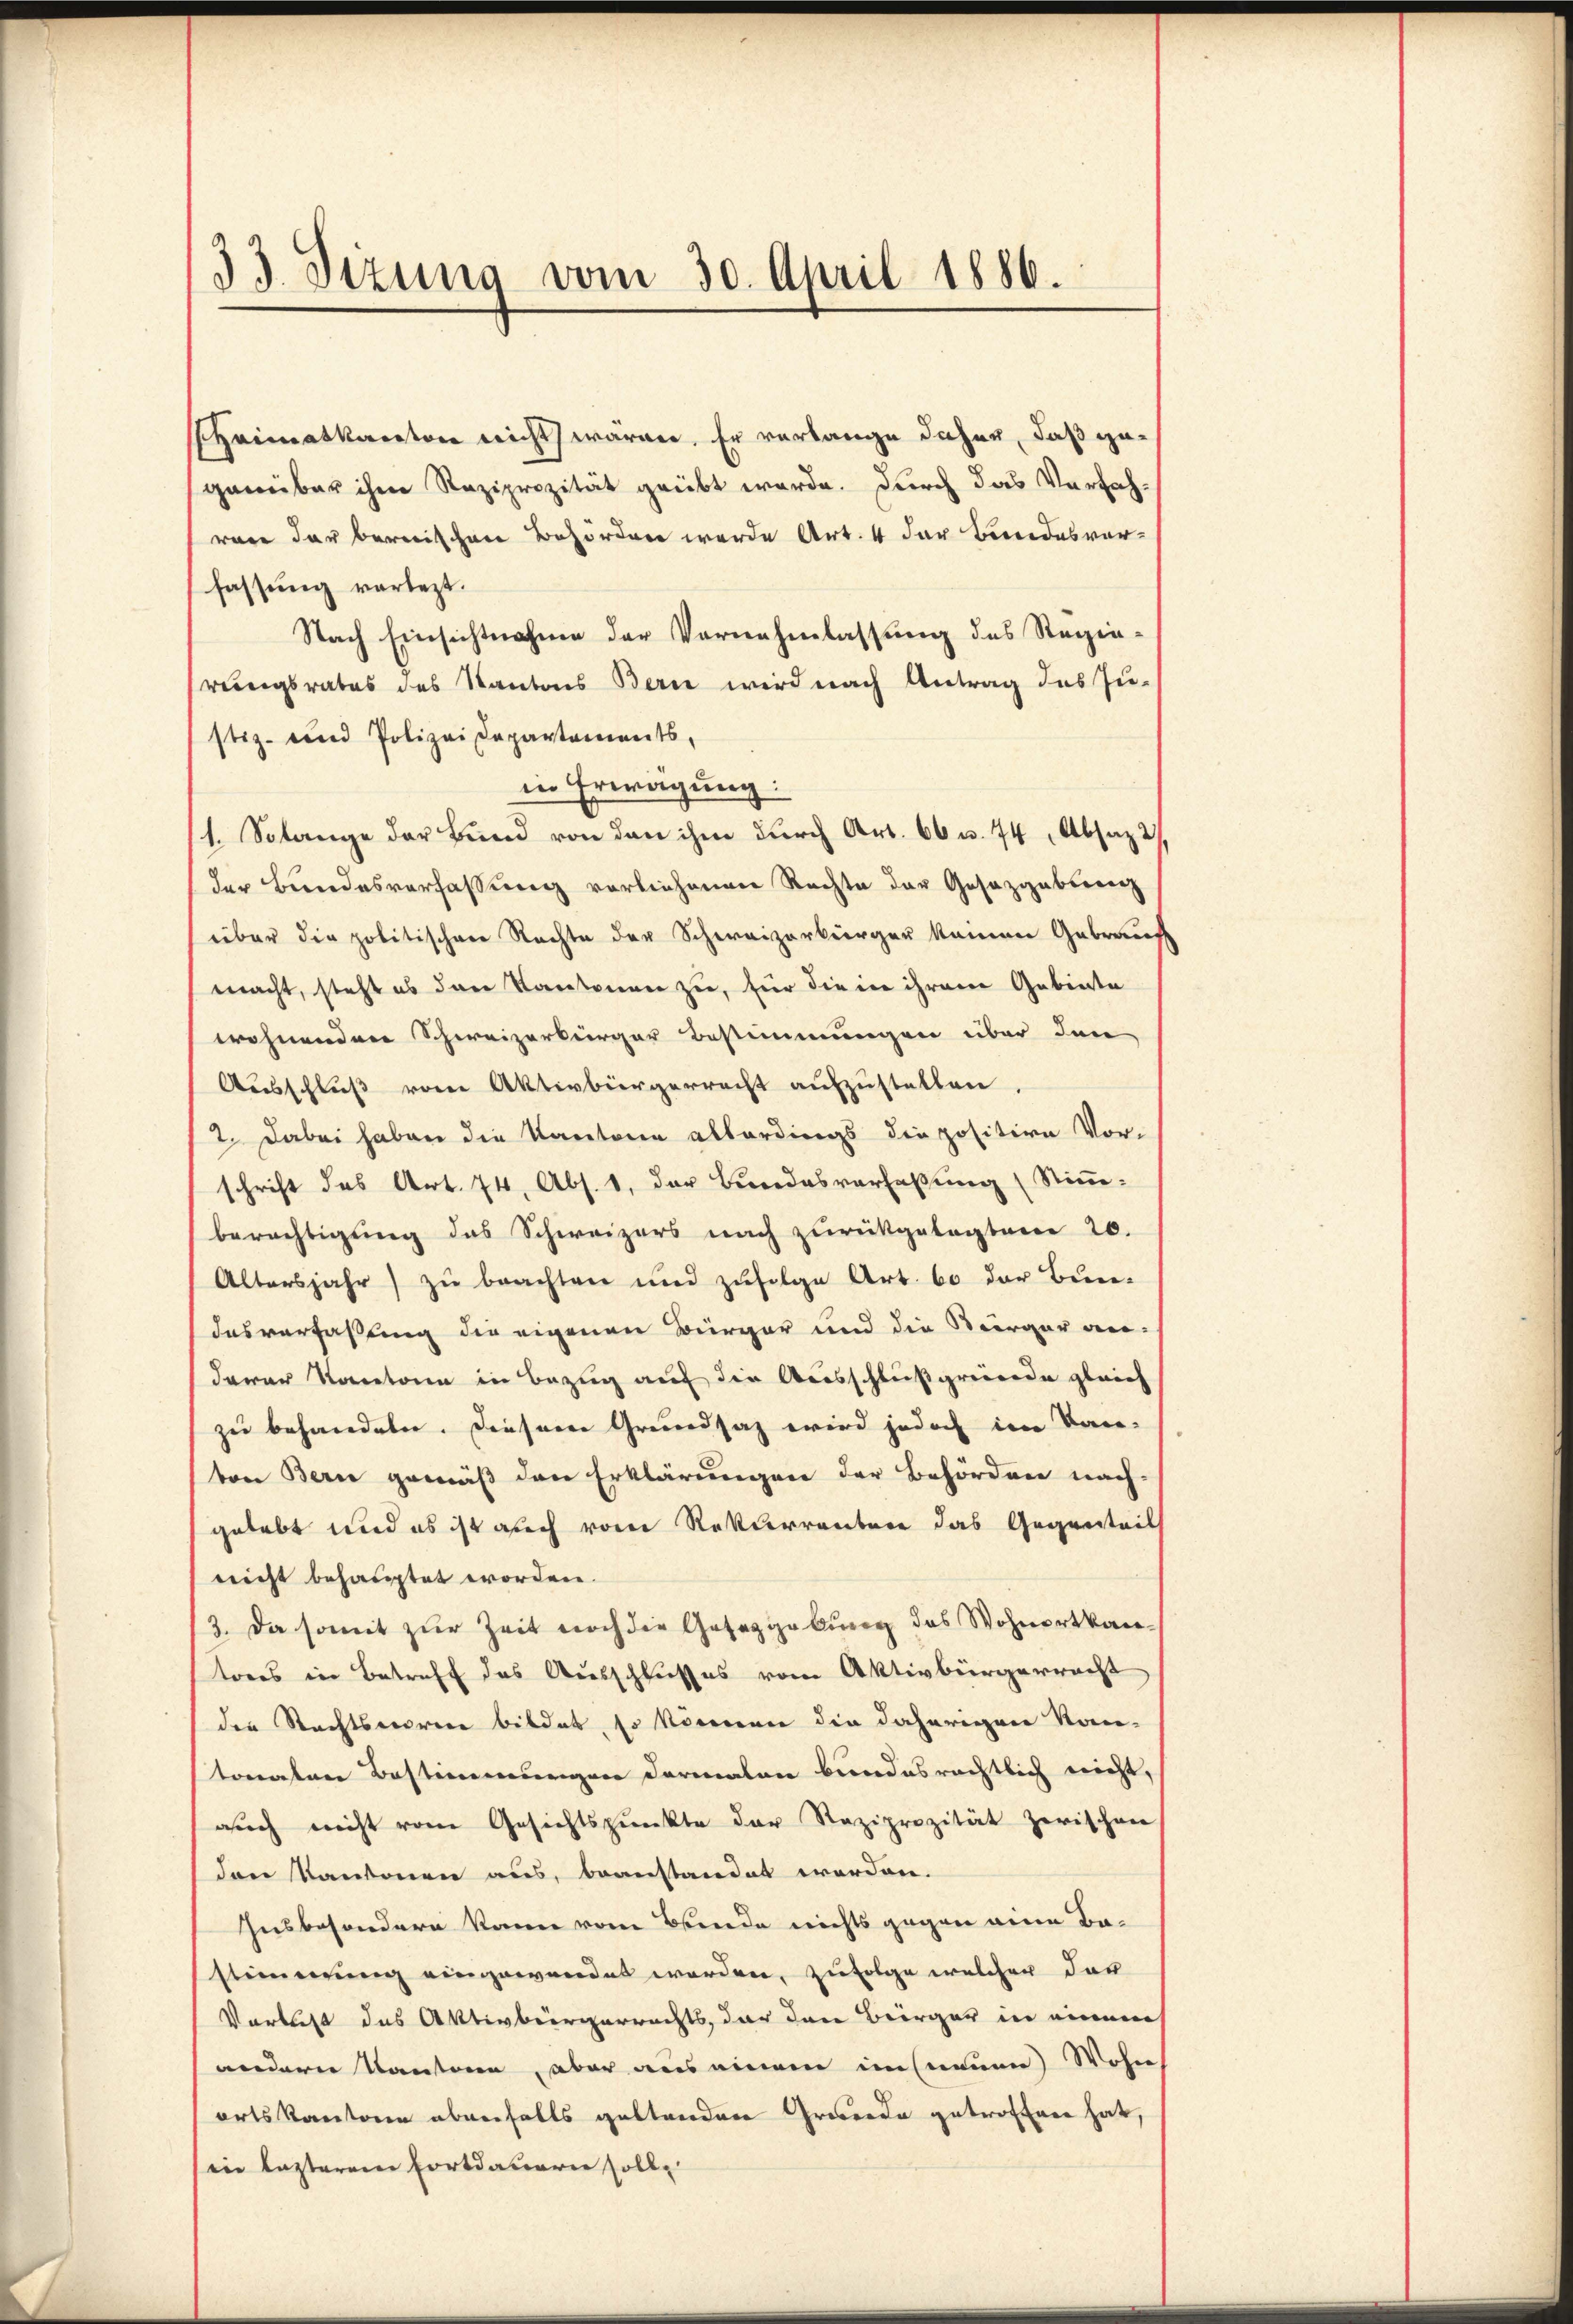
33. Sizung vom 30. April 1886.

Heimatkanton nicht wären. Er verlange daher, daß gegenüber ihm Reziprozität geübt werde. Durch das Verfah-
wäre der bereischen Behörden werde Art. 4 der Bundesvorfassung vorlegt.
Nach Einsichtnahme der Vornahmlassung des Regiereiungsrates des Kantons Bern wird nach Antrag des Zu-
stiz- und Polizei Departements,
in Erwägung:
1. Solange der Bund von den ihm durch Art. 66 u. 74, Absatz 2)
der Bundesverfassung vorliehenen Rechte der Gesazgablenz
über die politischen Rechte der Schweizerbürger keinen Gebrauf
macht, steht es dann Kantonen zu, für die in ihrem Gebiete
wohnenden Schweizerbürger Bestimmungen über den
Ausschluß von Aktivbürgerrecht aufzustellen.
2. Dabei haben die Kantone allerdings die positive Vor-
schrift des Art. 74. Abs. 1, der Bundesverfaßung (Stimm-
berechtigung des Schweizers nach zurückgelegten 20.
Altersjahr) zu beachten und zufolge Art. 60 der Bun-
dasverfaßung die eigenen Bürger und die Bürger an-
davar Notaria in Bezug auf die Ausschluß gründe gleich
zu behandeln. Diesem Grundsaz wird jedoch im Kan-
ton Bern gemäß den Erklärungen der Behörden nach-
gelebt und es ist auch vom Rekurrenten das Gegenteil
nicht behauptet worden.
3. Da somit zur Zeit noch die Gesetzgeburg das Wohnortkan
tores in Betreff das Ausschlußes vom Aktivbürgerracht
der Rechtsworene bildet, so können die daherigen Kon-
toraten Bestimmungen Formalen bundesrächtlich nicht,
auch nicht vom Gesichtspunkte der Reziprozität zwischen
den Kantonen aus, beanstandet werden.
Insbesondern kann vom Bunde nichts gegen eine Be-
stimmung eingewendet worden, zufolge welcher der
Vortritt des Aktivbürgerrechts, der den Bürger in einem
andern Kantone, aber aus einem in neuen Wohn
orts kantonen abgefalls geltenden Gruende getroffen hat,
in lezterem Fortdauern solle